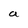
Character: a